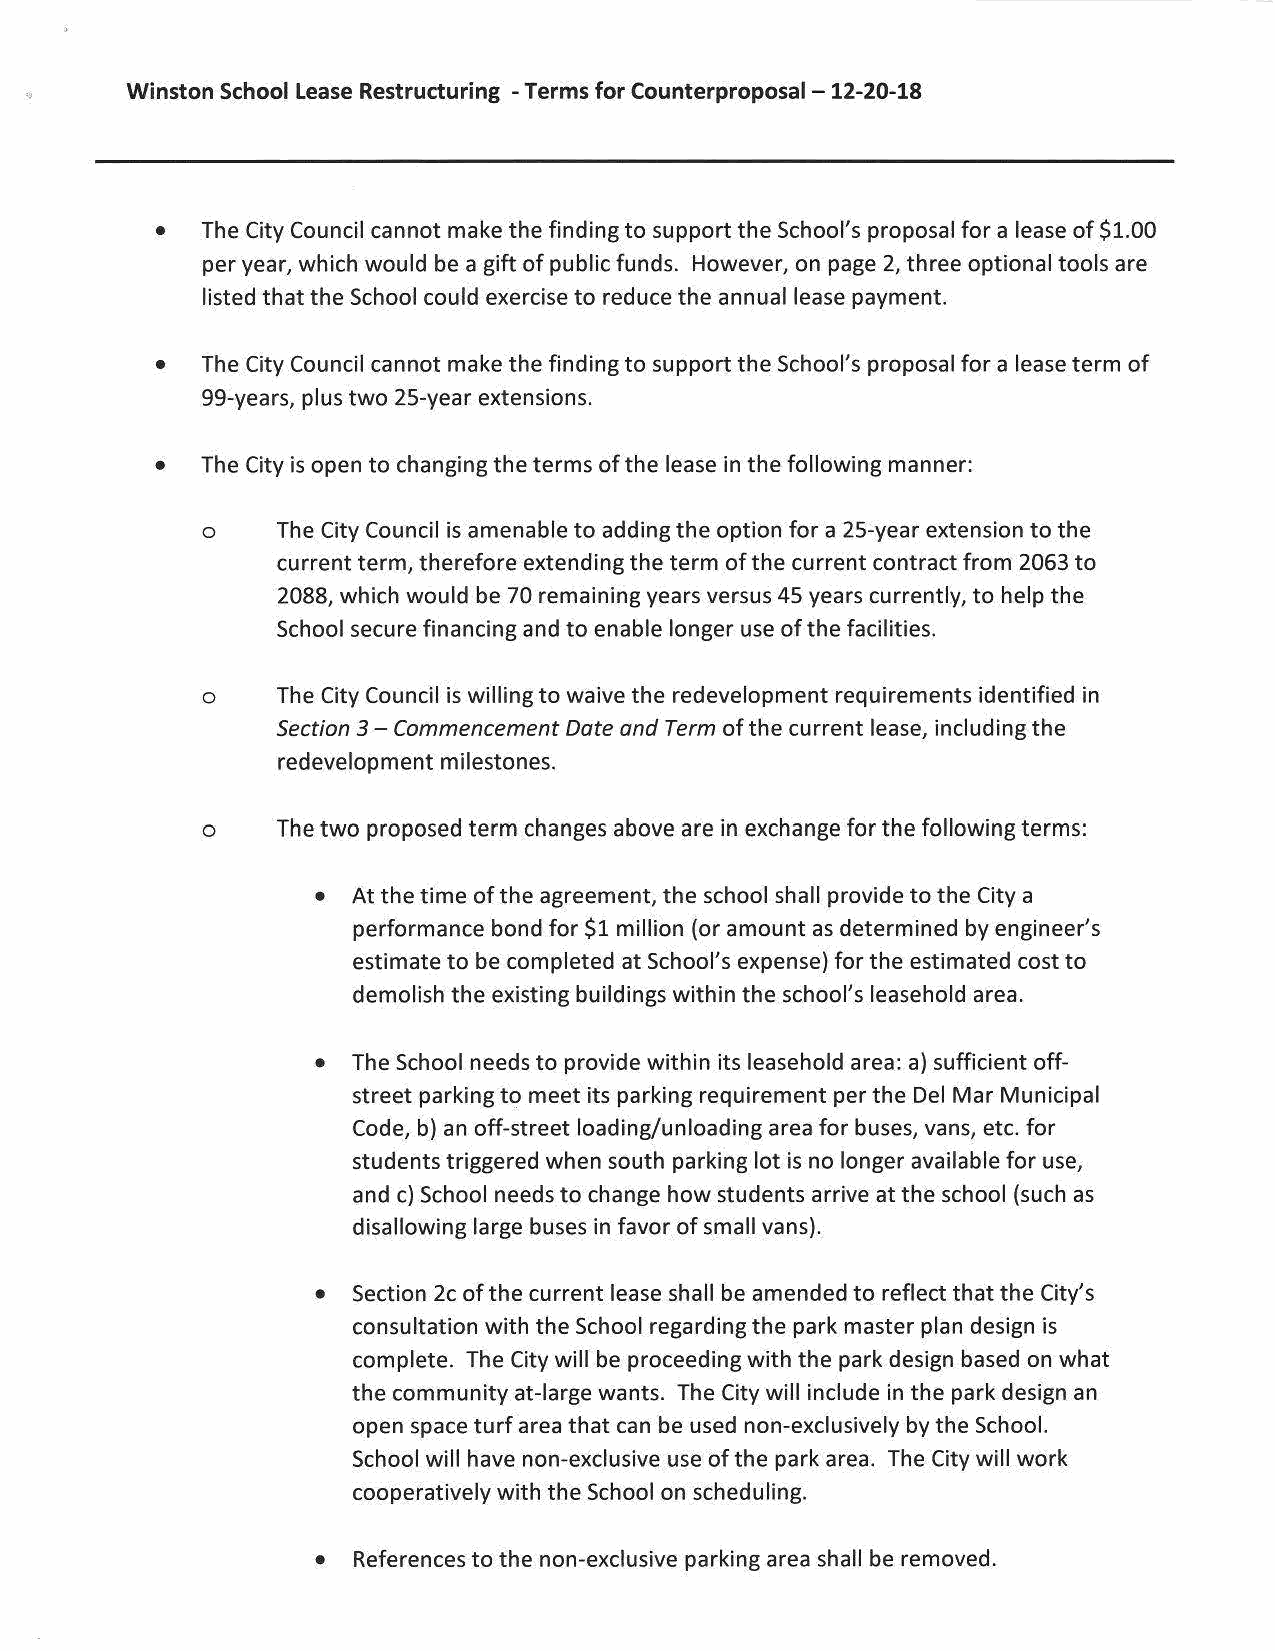
,,
 Winston School lease Restructuring -Terms for Counterproposal - 12-20-18
 •  The City Council cannot make the finding to support the School's proposal for a lease of $1.00
 per year, which would be a gift of public funds. However, on page 2, three optional tools are
 listed that the School could exercise to reduce the annual lease payment.
 •  The City Council cannot make the finding to support the School's proposal for a lease term of
 99-years, plus two 25-year extensions.
 •  The City is open to changing the terms of the lease in the following manner:
 o    The City Council is amenable to adding the option for a 25-year extension to the
 current term, therefore extending the term of the current contract from 2063 to
 2088, which would be 70 remaining years versus 45 years currently, to help the
 School secure financing and to enable longer use of the facilities.
 o    The City Council is willing to waive the redevelopment requirements identified in
 Section 3 - Commencement Date and Term of the current lease, including the
 redevelopment milestones.
 o    The two proposed term changes above are in exchange for the following terms:
 • At the time of the agreement, the school shall provide to the City a
 performance bond for $1 million (or amount as determined by engineer's
 estimate to be completed at School's expense) for the estimated cost to
 demolish the existing buildings within the school's leasehold area.
 • The School needs to provide within its leasehold area: a) sufficient off
 street parking to meet its parking requirement per the Del Mar Municipal
 Code, b) an off-street loading/unloading area for buses, vans, etc. for
 students triggered when south parking lot is no longer available for use,
 and c) School needs to change how students arrive at the school (such as
 disallowing large buses in favor of small vans).
 • Section 2c of the current lease shall be amended to reflect that the City's
 consultation with the School regarding the park master plan design is
 complete. The City will be proceeding with the park design based on what
 the community at-large wants. The City will include in the park design an
 open space turf area that can be used non-exclusively by the School.
 School will have non-exclusive use of the park area. The City will work
 cooperatively with the School on scheduling.
 • References to the non-exclusive parking area shall be removed.